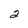
Character: 2